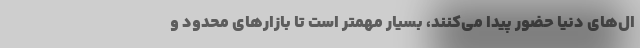
ال‌های دنیا حضور پیدا می‌کنند، بسیار مهمتر است تا بازارهای محدود و